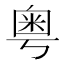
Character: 粤